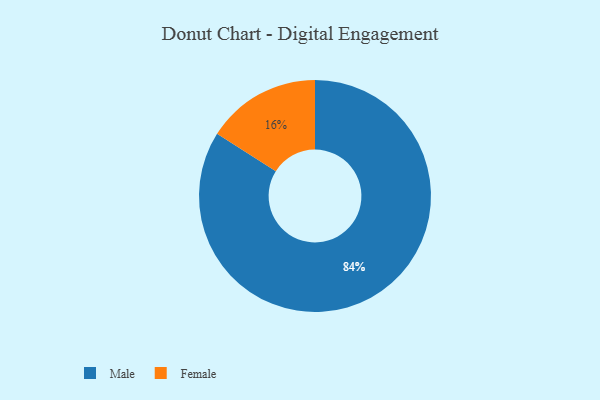
{"axis": {"x": "Category", "y": "Percentage"}, "legend": ["Female", "Male"], "data": [{"x": "Male", "y": 84, "type": "Male"}, {"x": "Female", "y": 16, "type": "Female"}]}